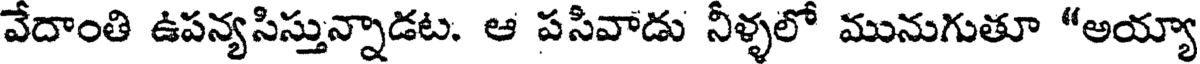
వేదాంతి ఉపన్యసిస్తున్నాడట. ఆ పసివాడు నీళ్ళలో మునుగుతూ "అయ్యా